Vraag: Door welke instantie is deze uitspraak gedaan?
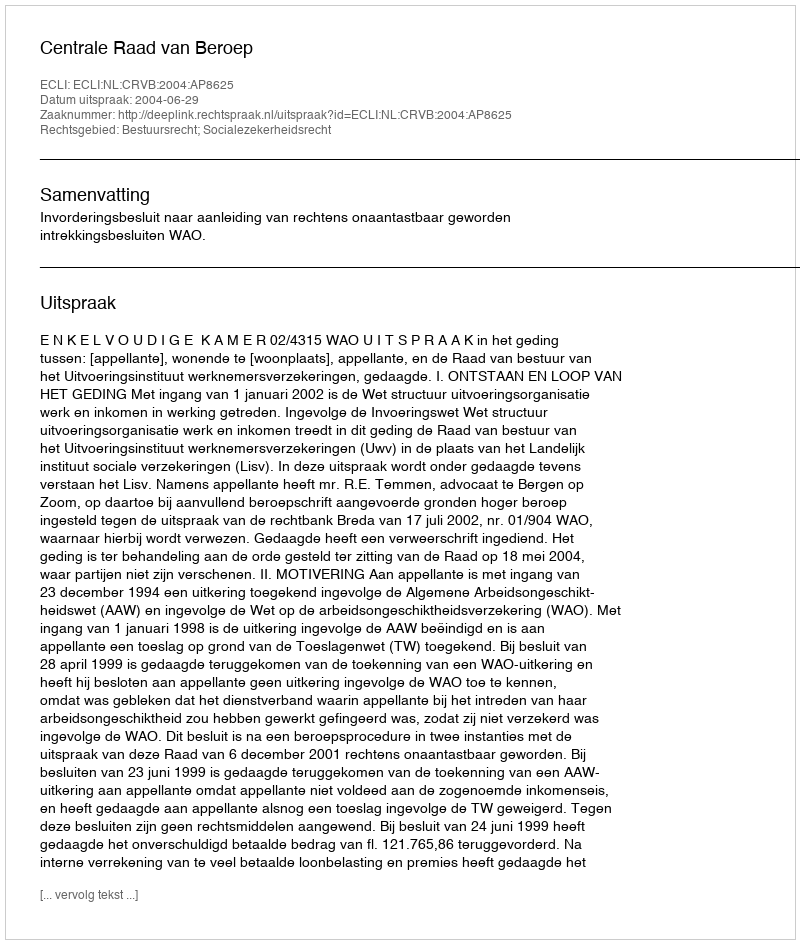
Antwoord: Centrale Raad van Beroep